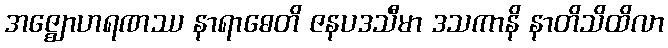
အဇ္ဈောဟရဏဿ နာရာဓေတိ ဇနပဒသီမာ ဒသကာနိ နာတိသိထိလာ